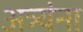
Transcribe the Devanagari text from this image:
अत्र्यंना